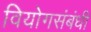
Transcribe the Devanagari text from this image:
वियोगसंबंधी